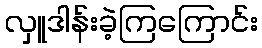
လှူဒါန်းခဲ့ကြကြောင်း